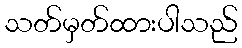
သတ်မှတ်ထားပါသည်